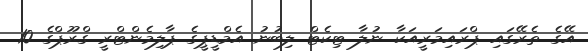
އޭގެ ތެރޭގައި ޕްރައިމަރީއަކާ ނުލާ ޓިކެޓް ލިބުނު އެމްޑީޕީގެ ޕާލިމެންޓްރީ ގްރޫޕްގެ 10